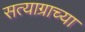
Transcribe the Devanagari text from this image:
सत्याग्राच्या